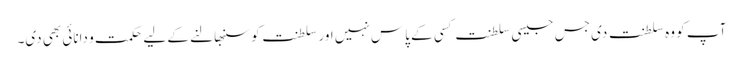
آپ کو وہ سلطنت دی جس جیسی سلطنت کسی کے پاس نہیں اور سلطنت کو سنبھالنے کے لیے حکمت و دانائی بھی دی۔